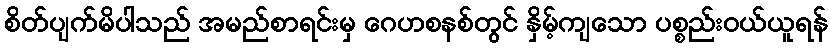
စိတ်ပျက်မိပါသည် အမည်စာရင်းမှ ဂေဟစနစ်တွင် နှိမ့်ကျသော ပစ္စည်းဝယ်ယူရန်